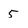
Character: 5